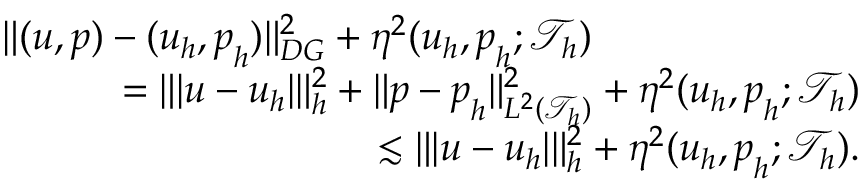
\begin{array} { r l r } { \lefteqn { \| ( \boldsymbol { u } , \boldsymbol { p } ) - ( \boldsymbol { u } _ { h } , \boldsymbol { p } _ { h } ) \| _ { D G } ^ { 2 } + \eta ^ { 2 } ( \boldsymbol { u } _ { h } , \boldsymbol { p } _ { h } ; \mathcal { T } _ { h } ) } } \\ & { } & { \quad = \| \vert \boldsymbol { u } - \boldsymbol { u } _ { h } \vert \| _ { h } ^ { 2 } + \| \boldsymbol { p } - \boldsymbol { p } _ { h } \| _ { L ^ { 2 } ( \mathcal { T } _ { h } ) } ^ { 2 } + \eta ^ { 2 } ( \boldsymbol { u } _ { h } , \boldsymbol { p } _ { h } ; \mathcal { T } _ { h } ) } \\ & { } & { \quad \lesssim \| \vert \boldsymbol { u } - \boldsymbol { u } _ { h } \vert \| _ { h } ^ { 2 } + \eta ^ { 2 } ( \boldsymbol { u } _ { h } , \boldsymbol { p } _ { h } ; \mathcal { T } _ { h } ) . } \end{array}